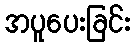
အပူပေးခြင်း